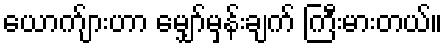
ယောက်ျားဟာ မျှော်မှန်းချက် ကြီးမားတယ်။